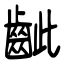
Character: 齜